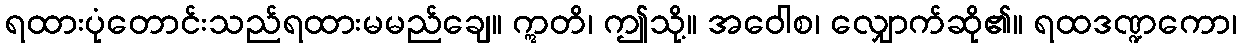
ရထားပုံတောင်းသည်ရထားမမည်ချေ။ ဣတိ၊ ဤသို့။ အဝေါစ၊ လျှောက်ဆို၏။ ရထဒဏ္ဍကော၊